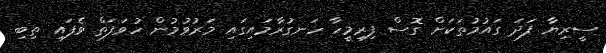
ސީރިޔާ ފަދަ ގައުމުތަކަށް ގޮސް ފިރިމީހާ ހަނގުރާމައިގައި މަރުވުމުން ހުވަފަތް ވެފައި ތިބި